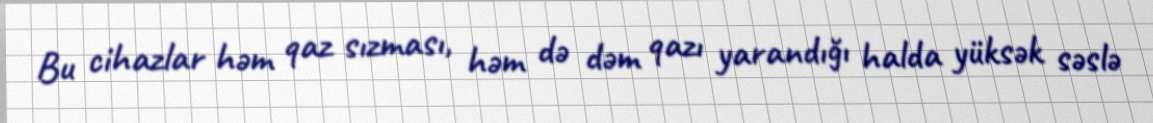
Bu cihazlar həm qaz sızması, həm də dəm qazı yarandığı halda yüksək səslə